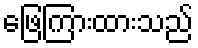
ဖြေကြားထားသည်